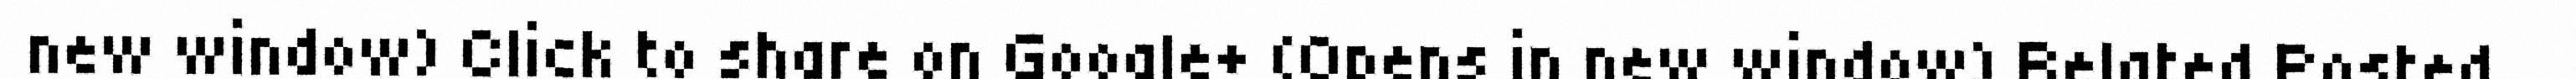
new window) Click to share on Google+ (Opens in new window) Related Posted